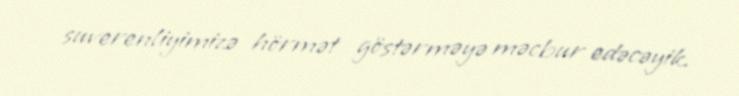
suverenliyimizə hörmət göstərməyə məcbur edəcəyik.